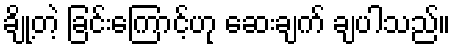
ချို့တဲ့ ခြင်းကြောင့်ဟု ဆေးချက် ချပါသည်။